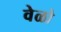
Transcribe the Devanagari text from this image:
वेळो